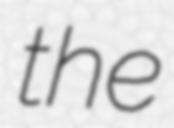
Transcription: the